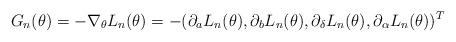
LaTeX: \begin{align*} G_n(\theta)= - \nabla_\theta L_n (\theta) = - (\partial_a L_n (\theta),\partial_b L_n (\theta),\partial_{\delta} L_n (\theta),\partial_{\alpha} L_n(\theta))^T\end{align*}